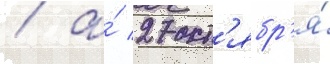
/ а́ 27 окт'ябр'я́